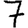
Digit: 7